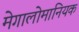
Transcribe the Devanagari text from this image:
मेगालोमानियक